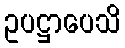
ဥပဋ္ဌာပေသိ